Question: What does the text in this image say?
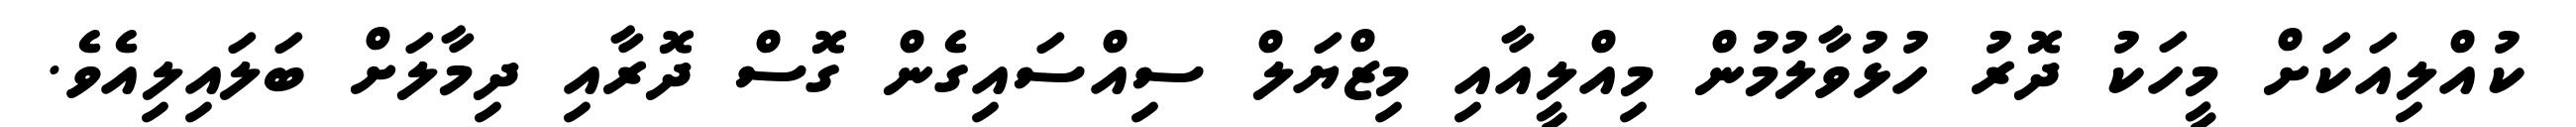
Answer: ކުއްލިއަކަށް މީހަކު ދޮރު ހުޅުވާލުމުން މިއްލީއާއި މިޒްޔަލް ސިއްސައިގެން ގޮސް ދޮރާއި ދިމާލަށް ބަލައިލިއެވެ.